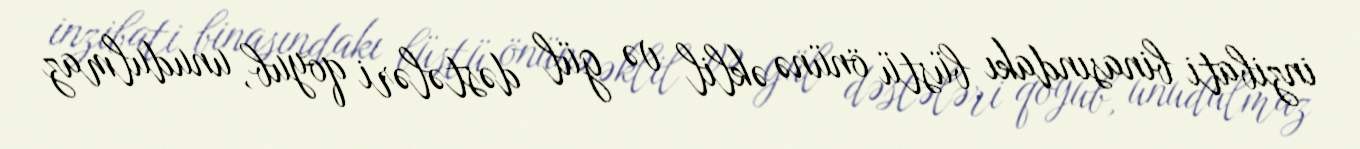
inzibati binasındakı büstü önünə əklil və gül dəstələri qoyub, unudulmaz